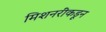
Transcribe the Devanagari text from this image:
मिशनरींकडून